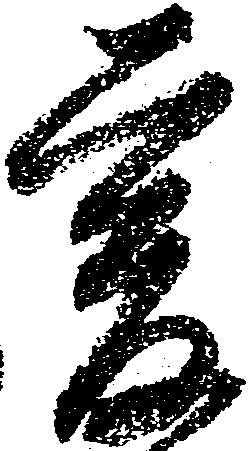
爰